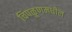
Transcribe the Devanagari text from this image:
चिपळूणमधील